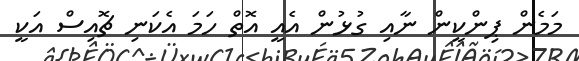
މަމެން ޕިންކީން ނާއި ގުޅުން އެއީ އޮތް ހަމަ އެކަނި ޗޮއިސް އަކީ